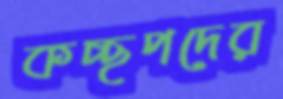
কচ্ছপদের